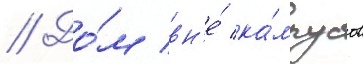
// До́м вн'е́ ка́мпусов